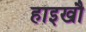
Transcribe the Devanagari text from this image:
हाइखौ